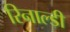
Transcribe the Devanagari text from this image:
रिनाल्डी